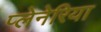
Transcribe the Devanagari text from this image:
प्लेनेरिया